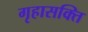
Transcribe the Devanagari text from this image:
गृहासक्ति